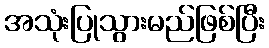
အသုံးပြုသွားမည်ဖြစ်ပြီး